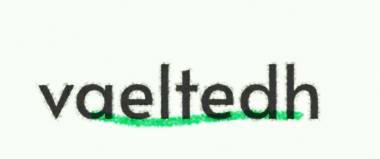
vaeltedh